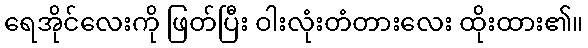
ရေအိုင်လေးကို ဖြတ်ပြီး ဝါးလုံးတံတားလေး ထိုးထား၏။